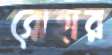
ব্রোহার